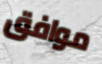
موافق